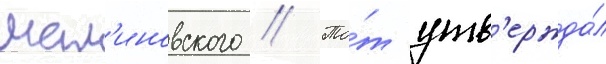
мал'иновского // То́т утв'ержда́л